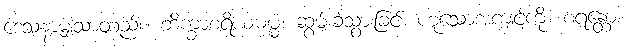
ဒေသနာမျှသာတည်း။ ဘိက္ခာစရိယဓမ္မံ၊ ဆွမ်းခံသွားခြင်း ဟူသောအကျင့်ကို။ စရန္တော၊